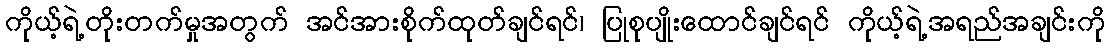
ကိုယ့်ရဲ့တိုးတက်မှုအတွက် အင်အားစိုက်ထုတ်ချင်ရင်၊ ပြုစုပျိုးထောင်ချင်ရင် ကိုယ့်ရဲ့အရည်အချင်းကို